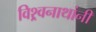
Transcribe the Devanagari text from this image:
विश्र्वनाथांनी